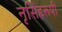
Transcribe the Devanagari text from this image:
नृसिंहरूपी